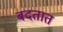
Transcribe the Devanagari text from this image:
बदतात